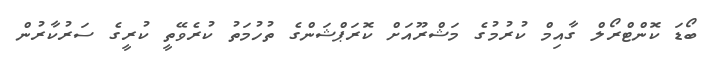
ބޯޑަ ކޮންޓްރޯލް ގާއިމް ކުރުމުގެ މަޝްރޫއަށް ކޮރަޕްޝަންގެ ތުހުމަތު ކުރެވޭތީ ކުރީގެ ސަރުކާރުން